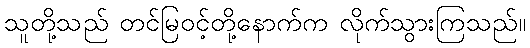
သူတို့သည် တင်မြဝင့်တို့နောက်က လိုက်သွားကြသည်။